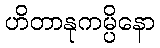
ဟိတာနုကမ္ပိနော